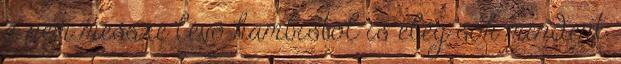
a nem messze lévő hambistól is elég sok mindent.